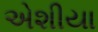
એશીયા